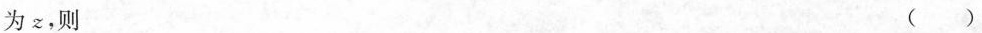
为z，则 ()